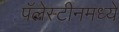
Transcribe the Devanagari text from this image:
पॅलेस्टीनमध्ये